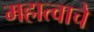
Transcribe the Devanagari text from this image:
महात्वाचे